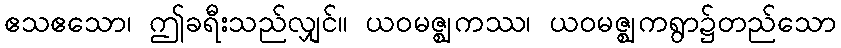
ဧသဧသော၊ ဤခရီးသည်လျှင်။ ယဝမဇ္ဈကဿ၊ ယဝမဇ္ဈကရွာ၌တည်သော